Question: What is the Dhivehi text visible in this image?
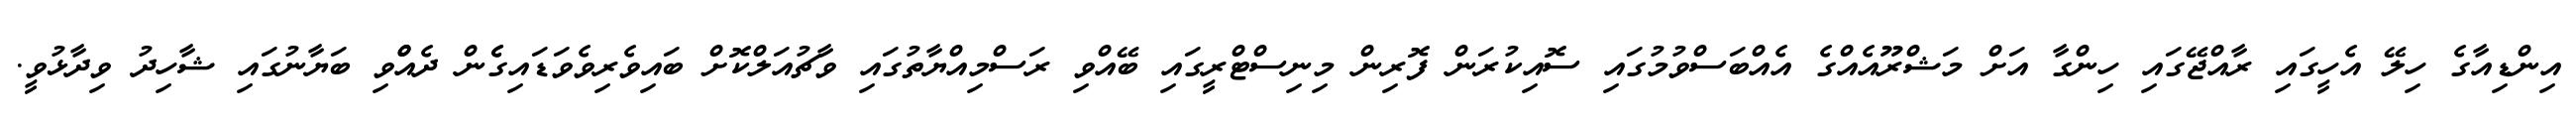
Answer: އިންޑިއާގެ ހިލޭ އެހީގައި ރާއްޖޭގައި ހިންގާ އަށް މަޝްރޫއެއްގެ އެއްބަސްވުމުގައި ސޮއިކުރަން ފޮރިން މިނިސްޓްރީގައި ބޭއްވި ރަސްމިއްޔާތުގައި ވާޗުއަލްކޮށް ބައިވެރިވެވަޑައިގެެން ދެއްްވި ބަޔާނުގައި ޝާހިދު ވިދާޅުވީ.